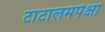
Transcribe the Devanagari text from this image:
टांटालमपेक्षा